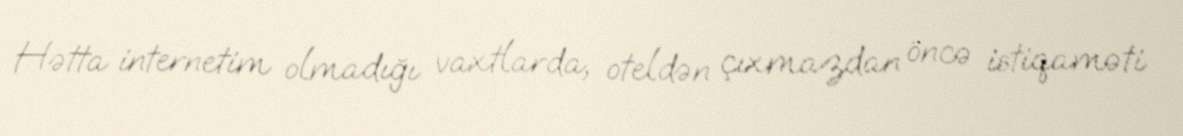
Hətta internetim olmadığı vaxtlarda, oteldən çıxmazdan öncə istiqaməti